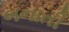
બનાતી